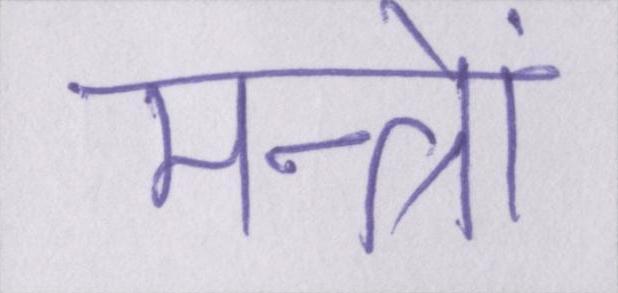
मन्त्रों